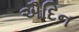
ઐદિન